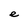
Character: e